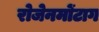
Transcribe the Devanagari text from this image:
रोजेनमोंटाग